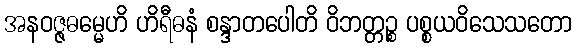
အနဝဇ္ဇဓမ္မေဟိ ဟိရီဓနံ စန္ဒာတပေါတိ ဝိဘတ္တဉ္စ ပစ္စယဝိသေသတော